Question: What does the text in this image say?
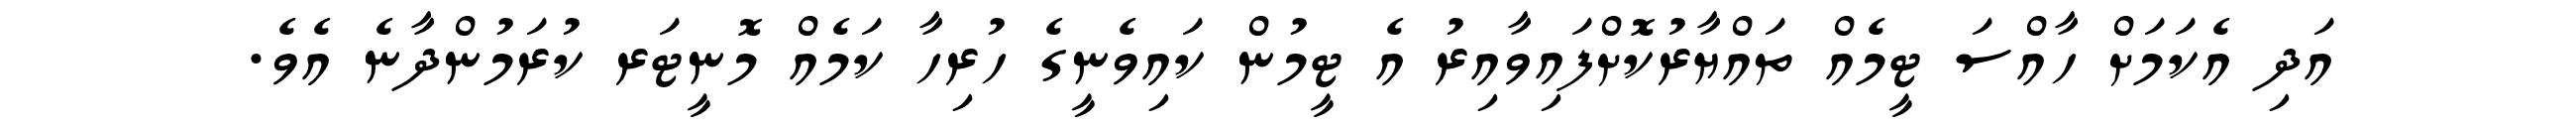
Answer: އަދި އެކަމަށް ހާއްސަ ޓީމެއް ތައްޔާރުކޮށްފައިވާއިރު އެ ޓީމުން ކައިވެނީގެ ހުރިހާ ކަމެއް މޮނީޓަރ ކުރަމުންދާނެ އެވެ.